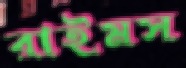
রাইমস